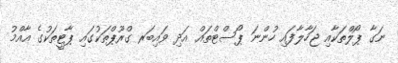
ނަގާ ޕޯލްތަކާއި ޖަހާލާފައި ހުންނަ ޕޯސްޓްތައް އަދި ވައިބަރ ގްރޫޕްތަކުގައި ޕާޓީތަކުގެ އާއްމު